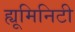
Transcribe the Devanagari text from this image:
ह्यूमिनिटी